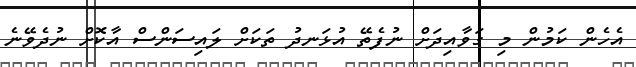
އެހެން ކަމުން މި ގަވާއިދަށް ނުފެތޭ އުޅަނދު ތަކަށް ލައިސަންސް އާކޮށް ނުދެވޭނެ